Eesti_Rahvusfond, lk 111
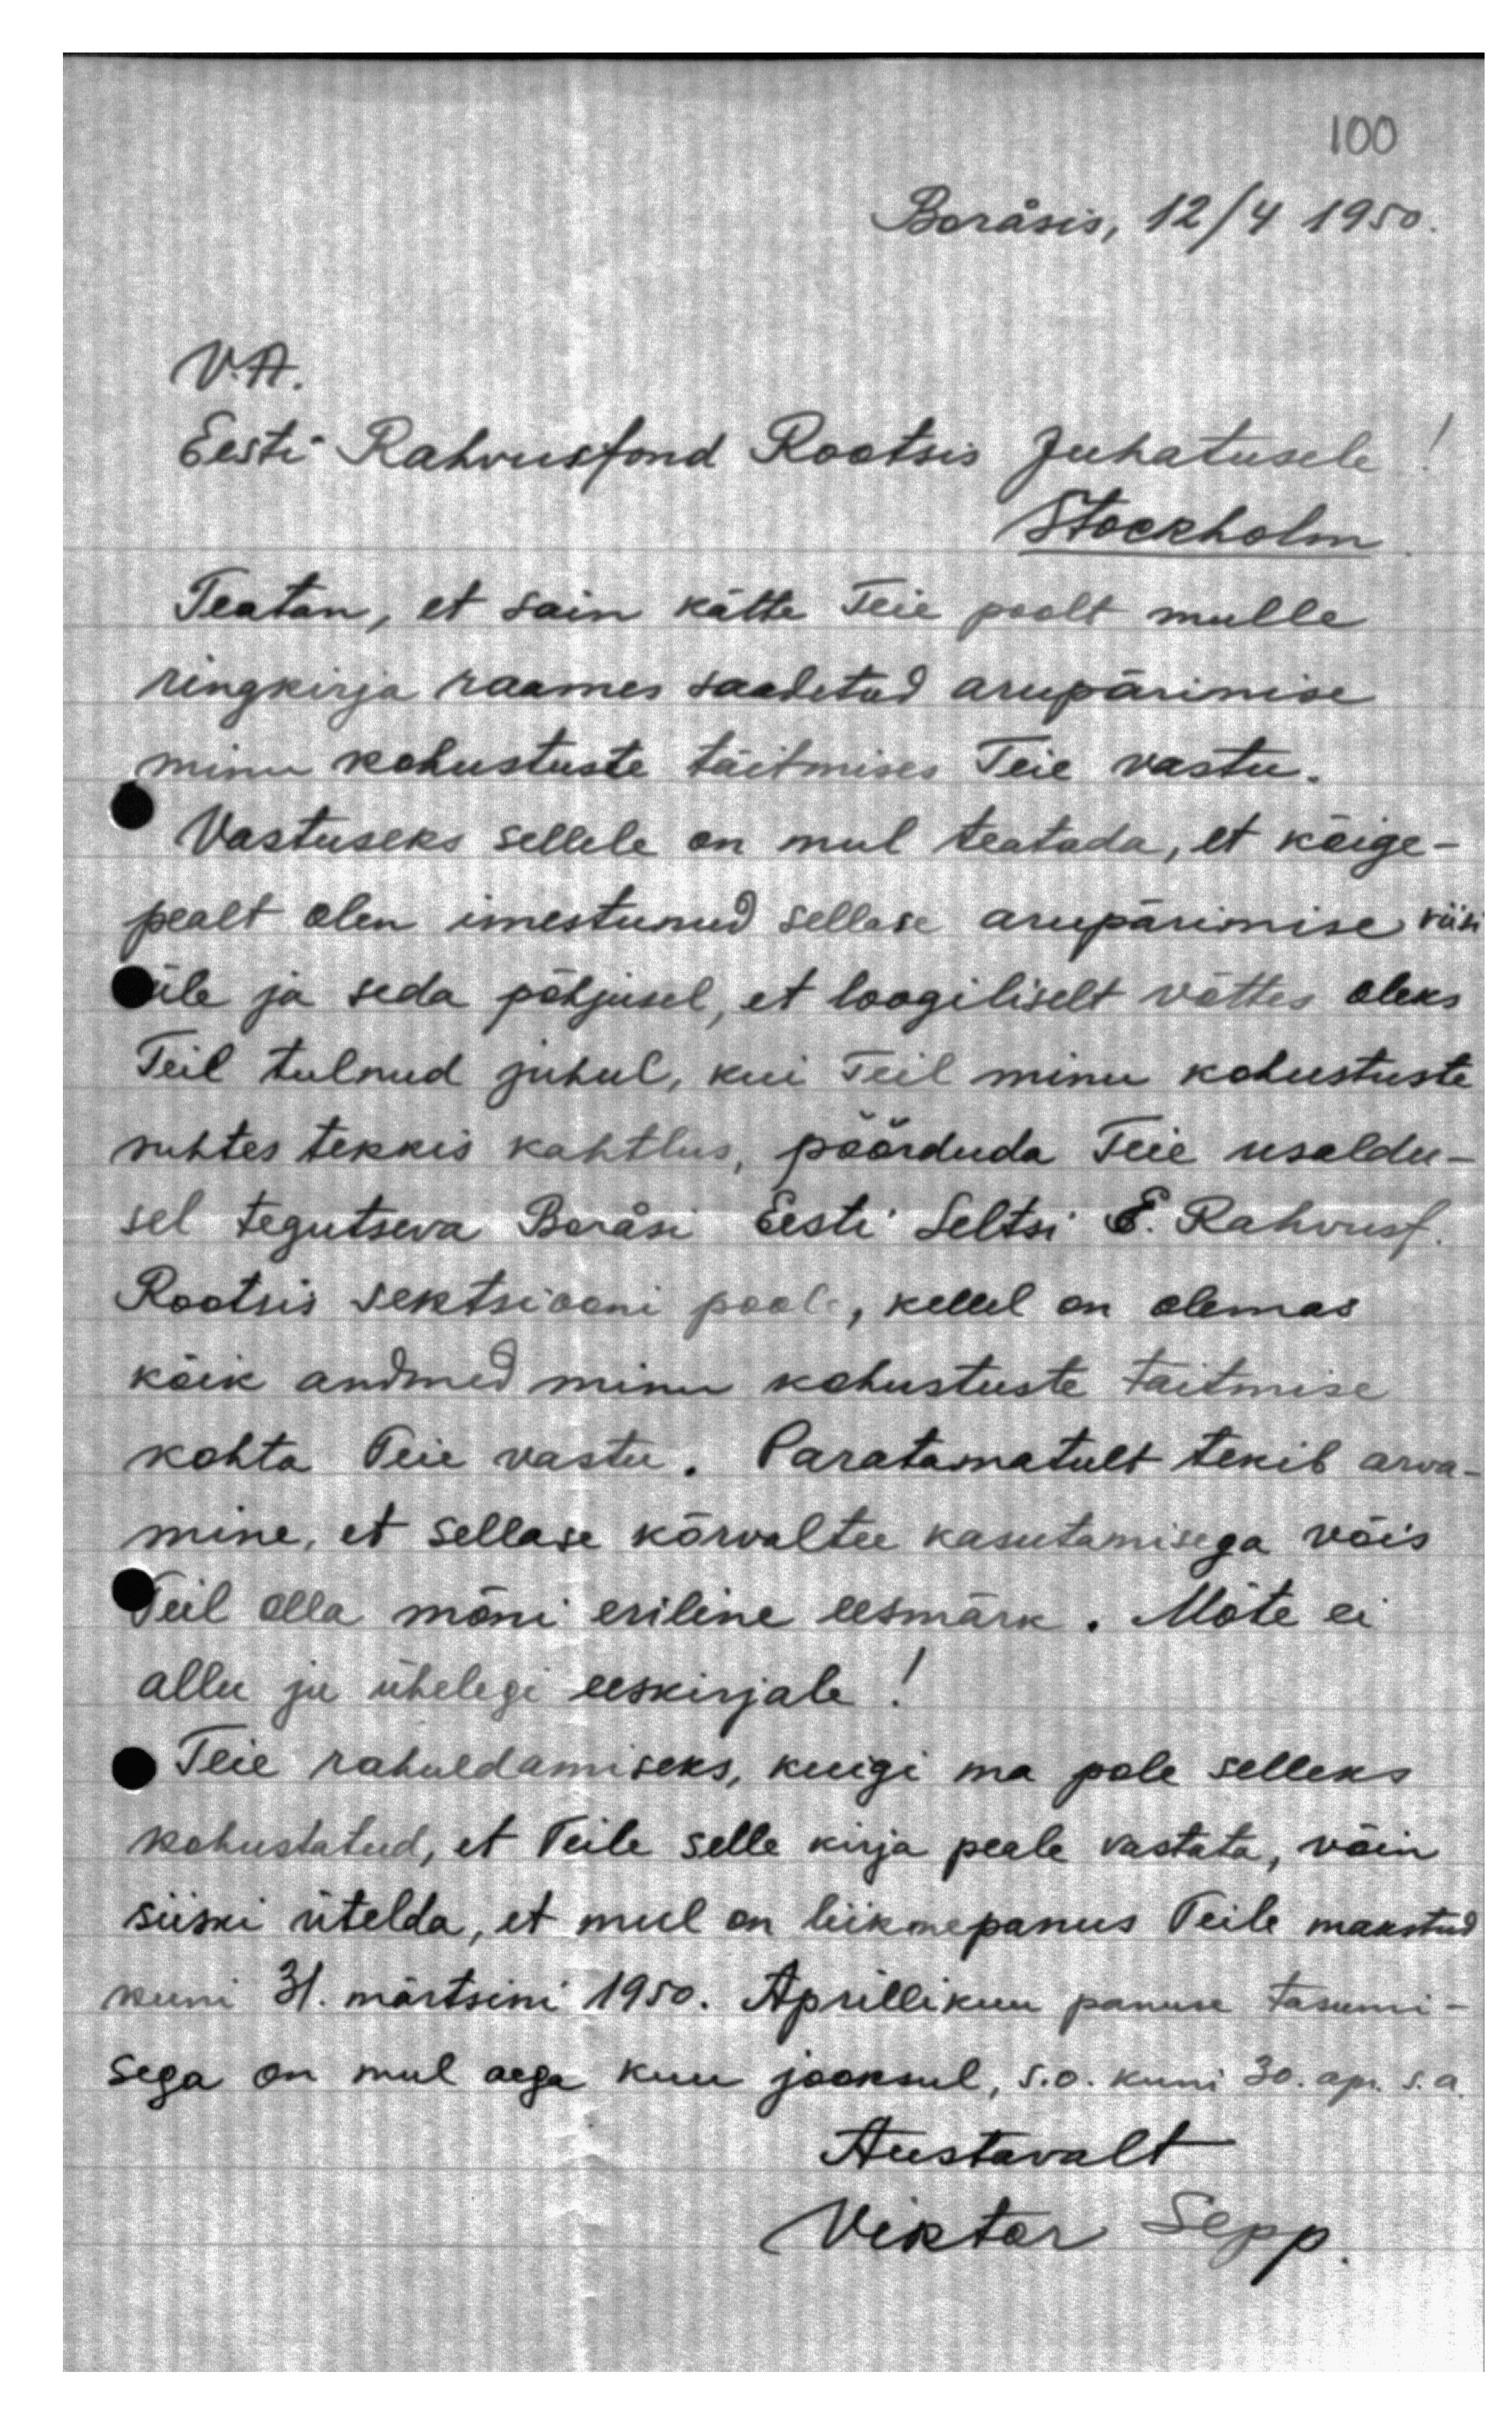
Boräsis, 12/4 1950.
V.A.
Eesti Rahvusfond Rootsis Juhatusele
Stockholm
Teatan, et sain kätte Teie poolt mulle
ringkirja raames saadetud arupärimise
minu kohustuste täitmises Teie vastu.
Vastuseks sellele on mul teatada, et kõige-
pealt olen imestunud sellase arupärimise viin
üle ja seda põhjusel, et loogiliselt võttes oleks
Teil tulnud juhul, kui Teil minu kohustuste
suhtes tekkis kahtlus, pöörduda Teie usaldu-
sel tegutseva Boräsi Eesti Seltsi E. Rahvusf.
Rootsis sektsiooni pool, kellel on olemas
kõik andmed minu kohustuste täitmise
kohta Teie vastu. Paratamatult tekib arwa-
mine, et sellase kõrvaltee kasutamisega võis
Teil olla mõni eriline eesmärk. Mõte ei
allu ju ühelegi eeskirjale!
Teie rahuldamiseks, kuigi ma pole selleks
kohustatud, et Teile selle kirja peale vastata, võin
siiski ütelda, et mul on liikmepanus Teile makstud
kuni 31. märtsini 1950. Aprilliku panuse tasumi-
sega on mul aega kuu jooksul, s.o. kuni 30. ap. s.a.
Austavalt
Viktor Sepp